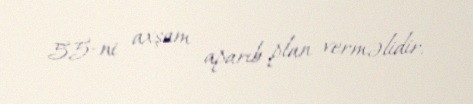
55-ni axşam aparıb plan verməlidir.